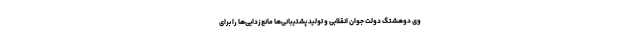
وی دوهشتگ دولت جوان انقلابی و تولید پشتیبانی‌ها مانع‌زدایی‌ها را برای